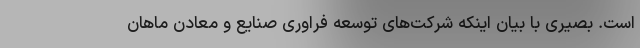
است. بصیری با بیان اینکه شرکت‌های توسعه فراوری صنایع و معادن ماهان